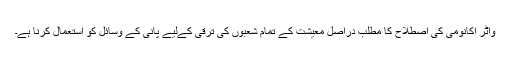
واٹر اکانومی کی اصطلاح کا مطلب دراصل معیشت کے تمام شعبوں کی ترقی کےلیے پانی کے وسائل کو استعمال کرنا ہے۔